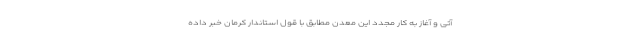
آتی و آغاز به کار مجدد این معدن مطابق با قول استاندار کرمان خبر داده